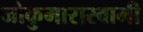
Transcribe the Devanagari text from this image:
जोकुमारास्वामी